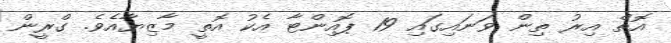
އޮތް އިރު ތިން ވަނައިގައި 19 ޕޮއިންޓާ އެކު އޮތީ މާޒިޔާއެވެ. ގްރީން